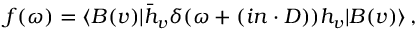
f ( \omega ) = \langle B ( v ) | \bar { h } _ { v } \delta ( \omega + ( i n \cdot D ) ) h _ { v } | B ( v ) \rangle \, ,